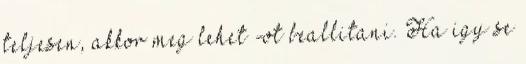
teljesen, akkor meg lehet -ot beallitani. Ha igy se